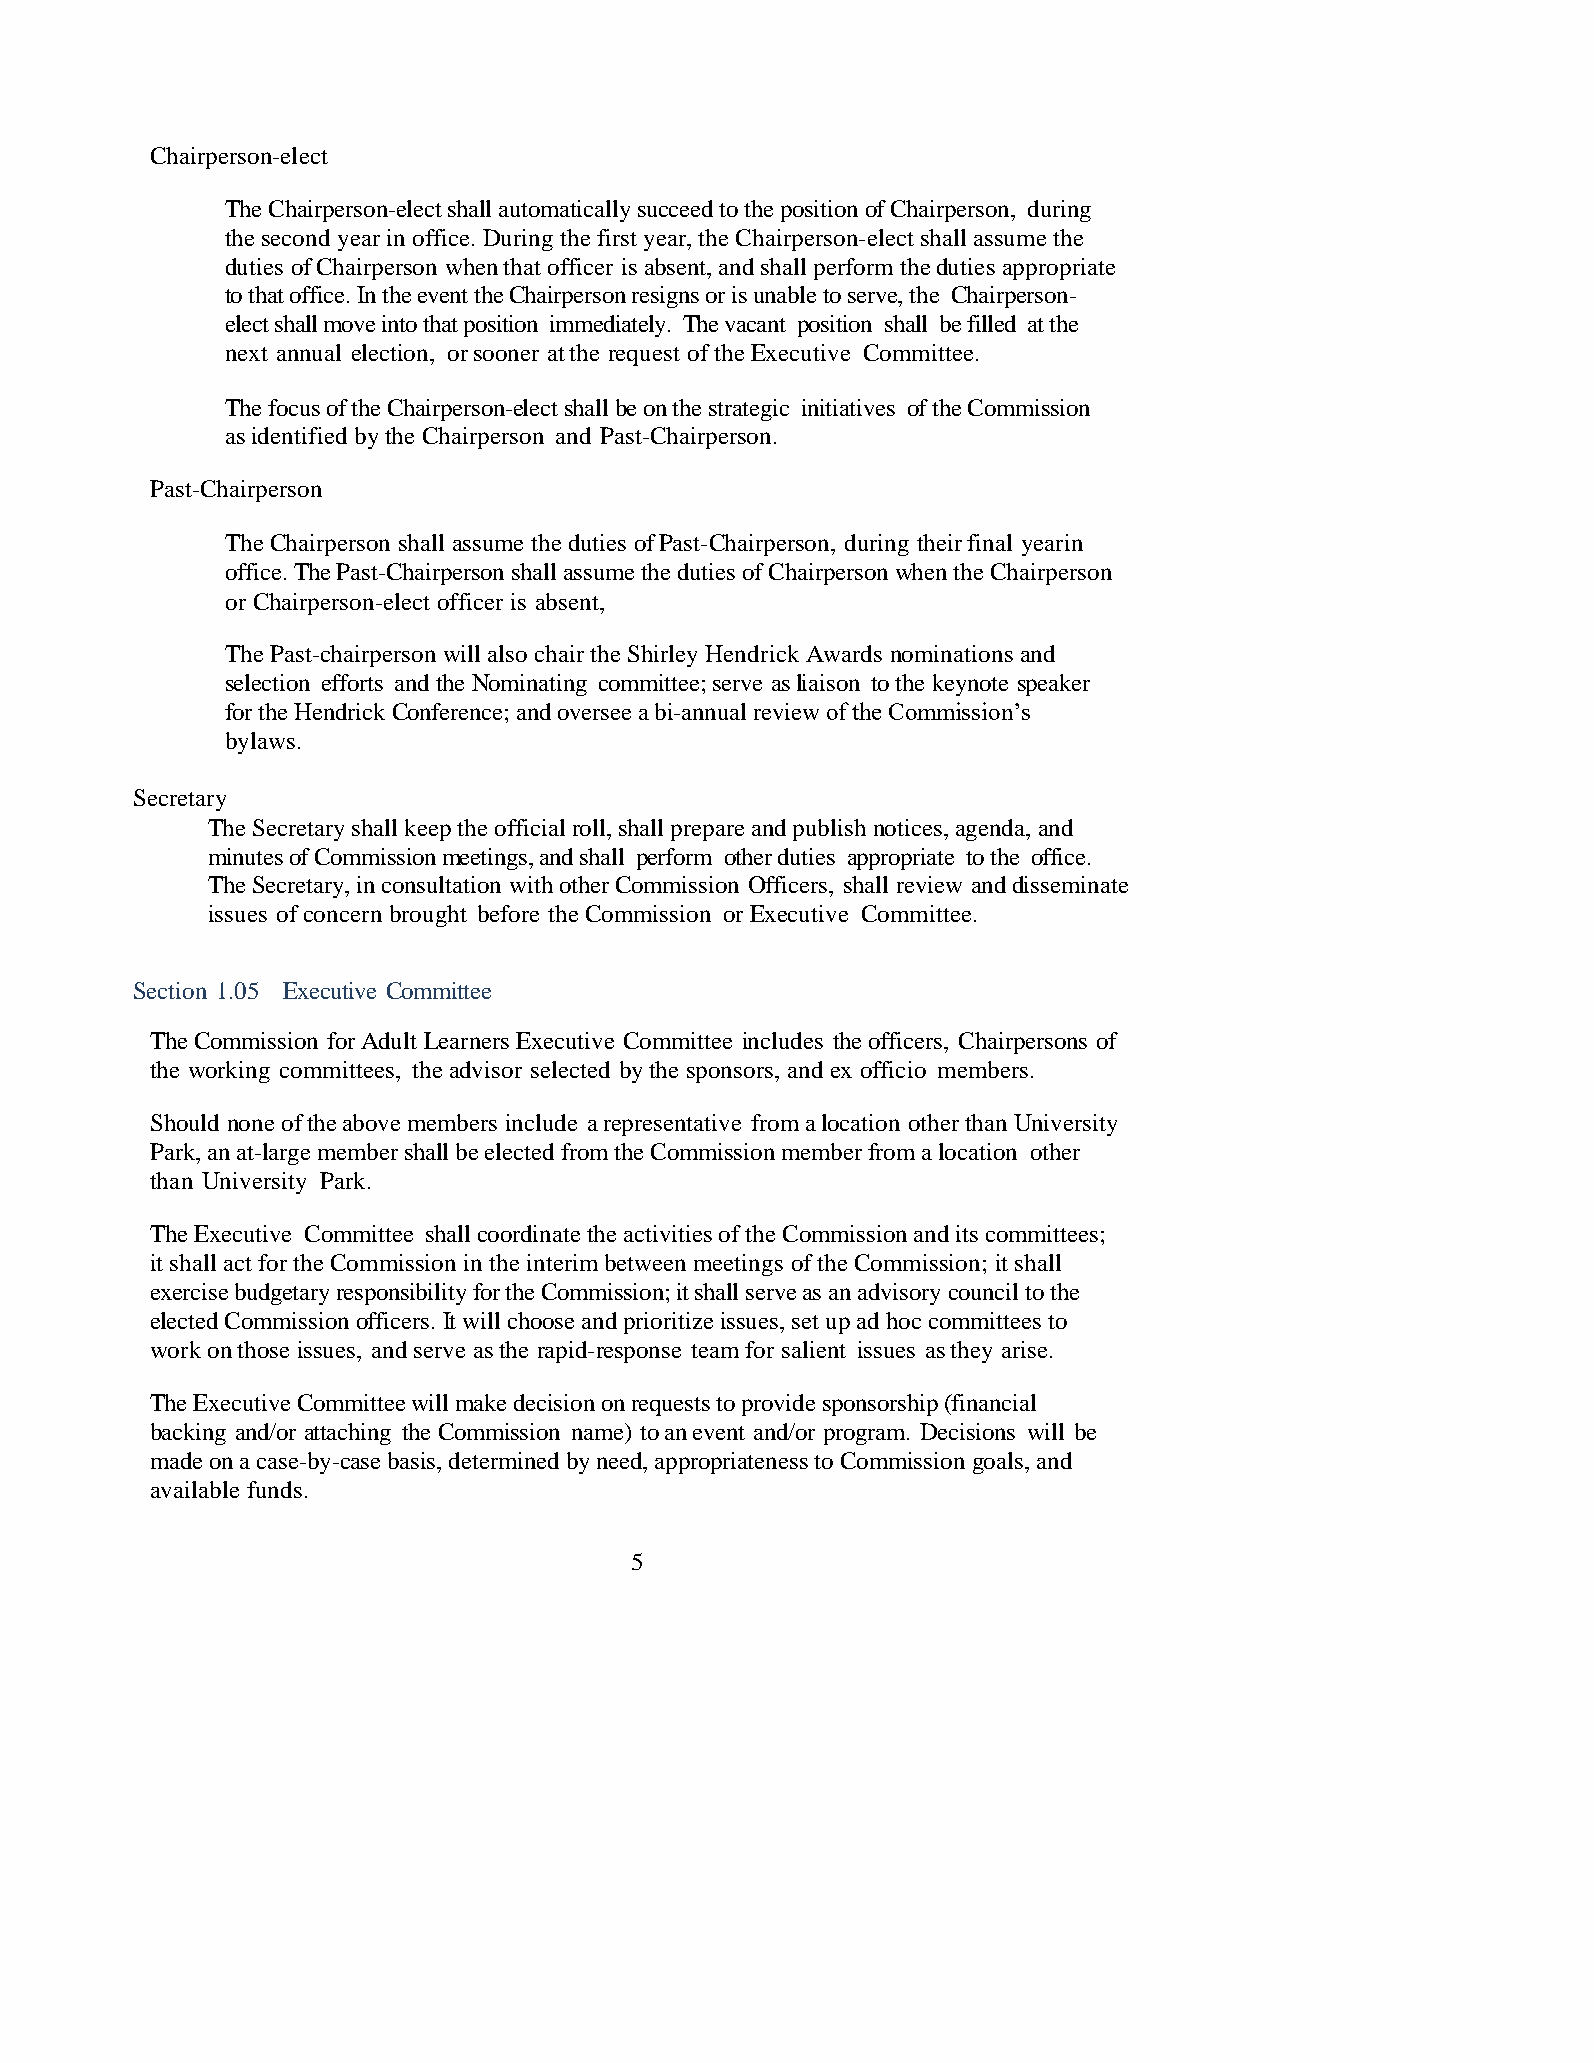
Chairperson-elect
 The Chairperson-elect shall automatically succeed to the position of Chairperson, during
 the second year in office. During the first year, the Chairperson-elect shall assume the
 duties of Chairperson when that officer is absent, and shall perform the duties appropriate
 to that office. In the event the Chairperson resigns or is unable to serve, the Chairperson-
 elect shall move into that position immediately. The vacant position shall be filled at the
 next annual election, or sooner at the request of the Executive Committee.
 The focus of the Chairperson-elect shall be on the strategic initiatives of the Commission
 as identified by the Chairperson and Past-Chairperson.
 Past-Chairperson
 The Chairperson shall assume the duties of Past-Chairperson, during their final year in
 office. The Past-Chairperson shall assume the duties of Chairperson when the Chairperson
 or Chairperson-elect officer is absent,
 The Past-chairperson will also chair the Shirley Hendrick Awards nominations and
 selection efforts and the Nominating committee; serve as liaison to the keynote speaker
 for the Hendrick Conference; and oversee a bi-annual review of the Commission’s
 bylaws.
 Secretary
 The Secretary shall keep the official roll, shall prepare and publish notices, agenda, and
 minutes of Commission meetings, and shall perform other duties appropriate to the office.
 The Secretary, in consultation with other Commission Officers, shall review and disseminate
 issues of concern brought before the Commission or Executive Committee.
 Section 1.05 Executive Committee
 The Commission for Adult Learners Executive Committee includes the officers, Chairpersons of
 the working committees, the advisor selected by the sponsors, and ex officio members.
 Should none of the above members include a representative from a location other than University
 Park, an at-large member shall be elected from the Commission member from a location other
 than University Park.
 The Executive Committee shall coordinate the activities of the Commission and its committees;
 it shall act for the Commission in the interim between meetings of the Commission; it shall
 exercise budgetary responsibility for the Commission; it shall serve as an advisory council to the
 elected Commission officers. It will choose and prioritize issues, set up ad hoc committees to
 work on those issues, and serve as the rapid-response team for salient issues as they arise.
 The Executive Committee will make decision on requests to provide sponsorship (financial
 backing and/or attaching the Commission name) to an event and/or program. Decisions will be
 made on a case-by-case basis, determined by need, appropriateness to Commission goals, and
 available funds.
 5